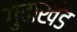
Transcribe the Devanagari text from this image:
गुदाखंड